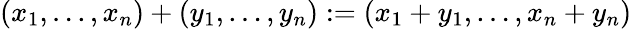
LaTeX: (x_{1},\ldots,x_{n})+(y_{1},\ldots,y_{n}):=(x_{1}+y_{1},\ldots,x_{n}+y_{n})